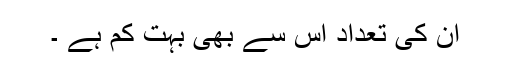
ان کی تعداد اس سے بھی بہت کم ہے ۔